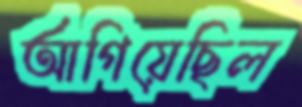
আগিয়েছিল